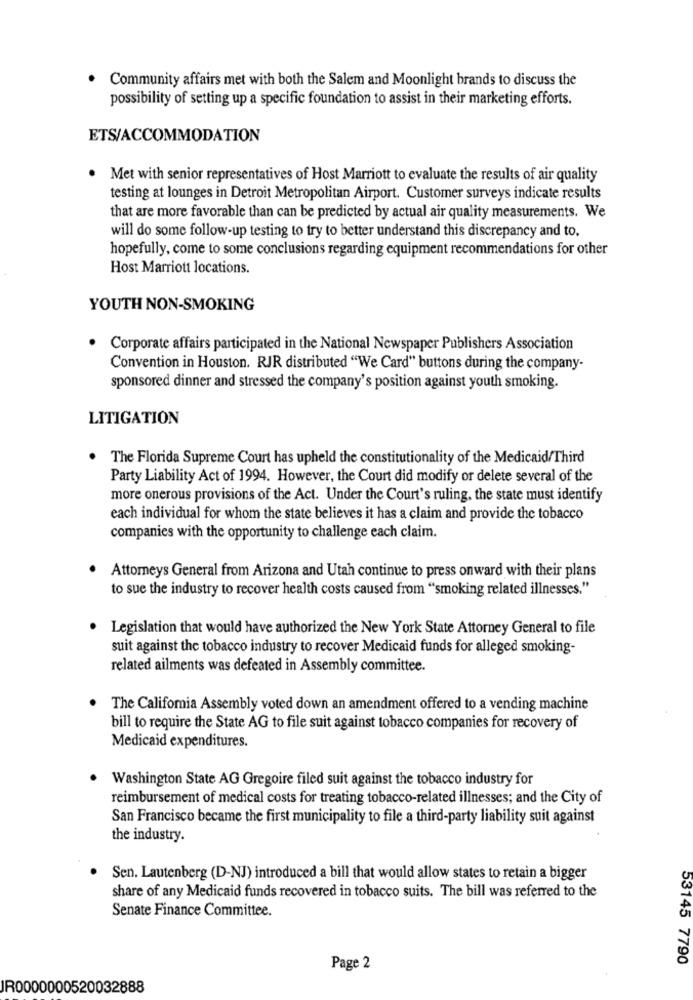
. Community affairs met with both the Salem and Moonlight brands to discuss the
possibility of setting up a specific foundation to assist in their marketing efforts.
ETS/ACCOMMODATION
Met with senior representatives of Host Marriott to evaluate the results of air quality
testing at lounges in Detroit Metropolitan Airport. Customer surveys indicate results
that are more favorable than can be predicted by actual air quality measurements. We
will do some follow-up testing to try to better understand this discrepancy and to.
hopefully, come to some conclusions regarding equipment recommendations for other
Host Marriott locations.
YOUTH NON-SMOKING
Corporate affairs participated in the National Newspaper Publishers Association
Convention in Houston. RJR distributed "We Card" buttons during the company-
sponsored dinner and stressed the company's position against youth smoking.
LITIGATION
.
The Florida Supreme Court has upheld the constitutionality of the Medicaid/Third
Party Liability Act of 1994. However, the Court did modify or delete several of the
more onerous provisions of the Act. Under the Court's ruling, the state must identify
each individual for whom the state believes it has a claim and provide the tobacco
companies with the opportunity to challenge each claim.
Attorneys General from Arizona and Utah continue to press onward with their plans
to sue the industry to recover health costs caused from "smoking related illnesses."
Legislation that would have authorized the New York State Attorney General to file
suit against the tobacco industry to recover Medicaid funds for alleged smoking-
related ailments was defeated in Assembly committee.
The California Assembly voted down an amendment offered to a vending machine
bill to require the State AG to file suit against tobacco companies for recovery of
Medicaid expenditures.
Washington State AG Gregoire filed suit against the tobacco industry for
reimbursement of medical costs for treating tobacco-related illnesses; and the City of
San Francisco became the first municipality to file a third-party liability suit against
the industry.
Sen. Lautenberg (D-NJ) introduced a bill that would allow states to retain a bigger
share of any Medicaid funds recovered in tobacco suits. The bill was referred to the
Senate Finance Committee.
53145 7790
Page 2
JR0000000520032888